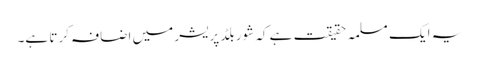
یہ ایک مسلمہ حقیقت ہے کہ شور بلڈ پریشر میں اضافہ کرتا ہے۔